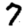
Digit: 7